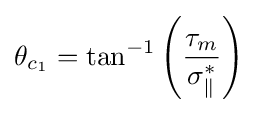
\theta _{c_{1}}=\tan ^{-1}\left({\frac {\tau _{m}}{\sigma _{\parallel }^{*}}}\right)